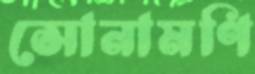
সোনামণি